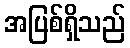
အပြစ်ရှိသည်